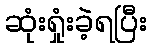
ဆုံးရှုံးခဲ့ရပြီး